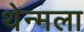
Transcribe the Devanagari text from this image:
थेन्मला